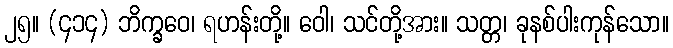
၂၅။ (၄၁၄) ဘိက္ခဝေ၊ ရဟန်းတို့။ ဝေါ၊ သင်တို့အား။ သတ္တ၊ ခုနစ်ပါးကုန်သော။